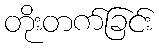
တိုးတက်ခြင်း